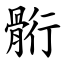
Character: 䯒